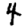
Digit: 4